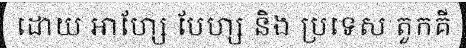
ដោយ អាហ្សែ បែហ្ស និង ប្រទេស តួកគី